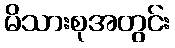
မိသားစုအတွင်း